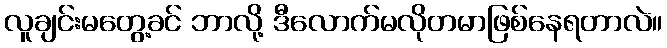
လူချင်းမတွေ့ခင် ဘာလို့ ဒီလောက်မလိုတမာဖြစ်နေရတာလဲ။